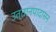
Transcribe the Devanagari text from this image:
उत्तानपादासन